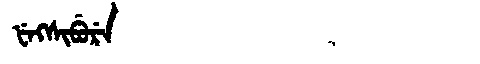
Manchu: ᡶᡝᡴᠰᡳᠪᡠᡵᡝ
Romanization: FEKSIBURE